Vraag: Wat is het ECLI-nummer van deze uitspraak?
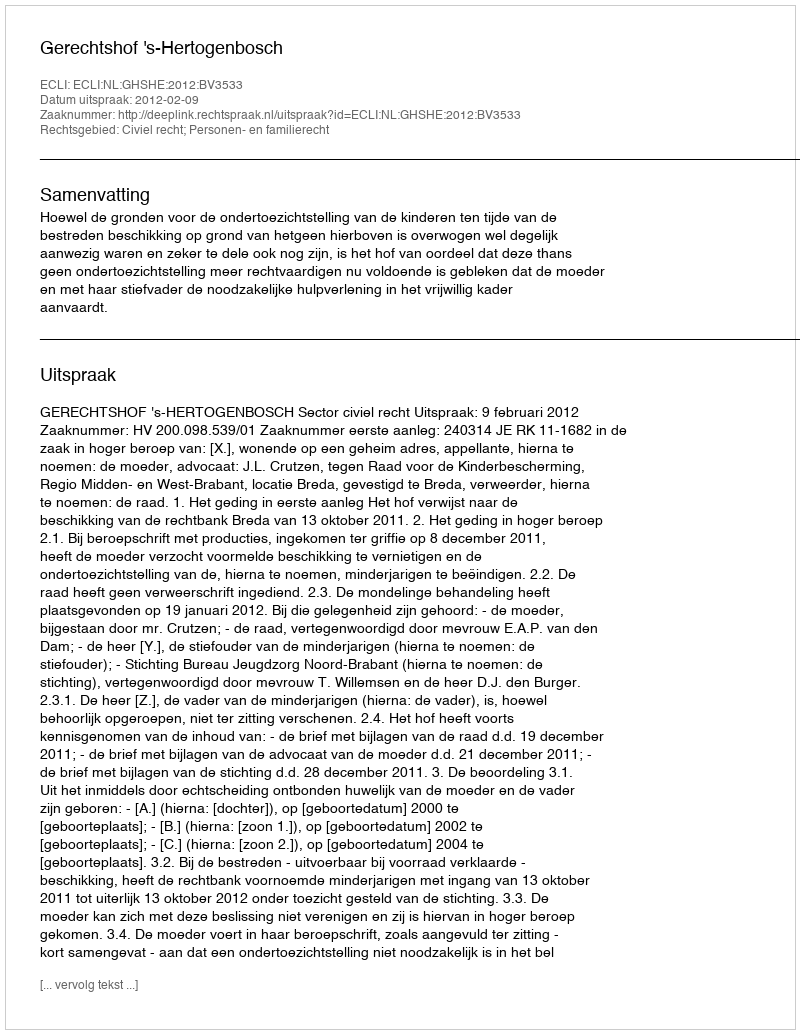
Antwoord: ECLI:NL:GHSHE:2012:BV3533